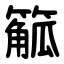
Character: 䉉